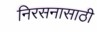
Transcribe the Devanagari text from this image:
निरसनासाठी